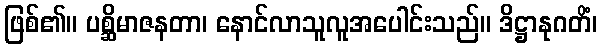
ဖြစ်၏။ ပစ္ဆိမာဇနတာ၊ နောင်လာသူလူအပေါင်းသည်။ ဒိဋ္ဌာနုဂတိံ၊